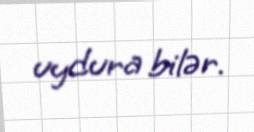
uydura bilər.